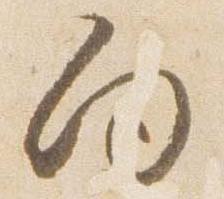
向